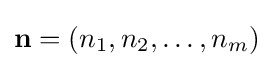
{\mathbf {n} =(n_{1},n_{2},\ldots ,n_{m})}